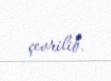
çevrilib.